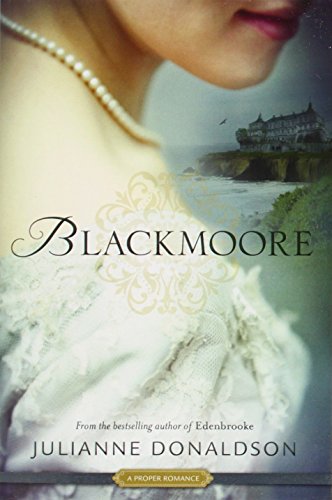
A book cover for Blackmoore (Proper Romances); Julianne Donaldson; Romance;